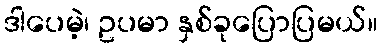
ဒါပေမဲ့၊ ဥပမာ နှစ်ခုပြောပြမယ်။